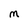
Character: M